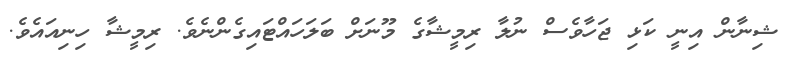
ޝިނާން އިނީ ކަޅި ޖަހާވެސް ނުލާ ރިމީޝާގެ މޫނަށް ބަލަހައްޓައިގެންނެވެ. ރިމީޝާ ހިނިއައެވެ.